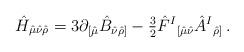
LaTeX: \begin{align*}\hat{H}_{\hat{\mu}\hat{\nu}\hat{\rho}}= 3 \partial_{[\hat{\mu}}\hat{B}_{\hat{\nu}\hat{\rho}]}-{\textstyle\frac{3}{2}} \hat{F}^{I}{}_{[\hat{\mu}\hat{\nu}}\hat{A}^{I}{}_{\hat{\rho}]}\, .\end{align*}